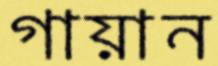
গায়ান